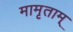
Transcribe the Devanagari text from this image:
मामृताम्‌